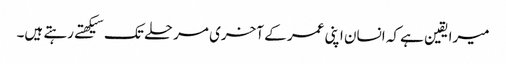
میرا یقین ہے کہ انسان اپنی عمر کے آخری مرحلے تک سیکهتے رہتے ہیں۔